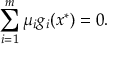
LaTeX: \sum _ { i = 1 } ^ { m } \mu _ { i } g _ { i } ( x ^ { * } ) = 0 .